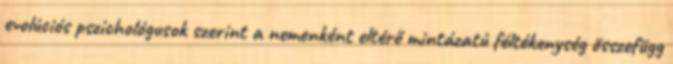
evolúciós pszichológusok szerint a nemenként eltérő mintázatú féltékenység összefügg